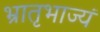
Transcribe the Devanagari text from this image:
भ्रातृभाज्यं